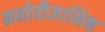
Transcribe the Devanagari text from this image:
मनोवौज्ञानिक